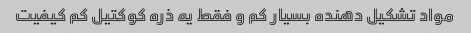
مواد تشکیل دهنده بسیار کم و فقط یه ذره کوکتیل کم کیفیت